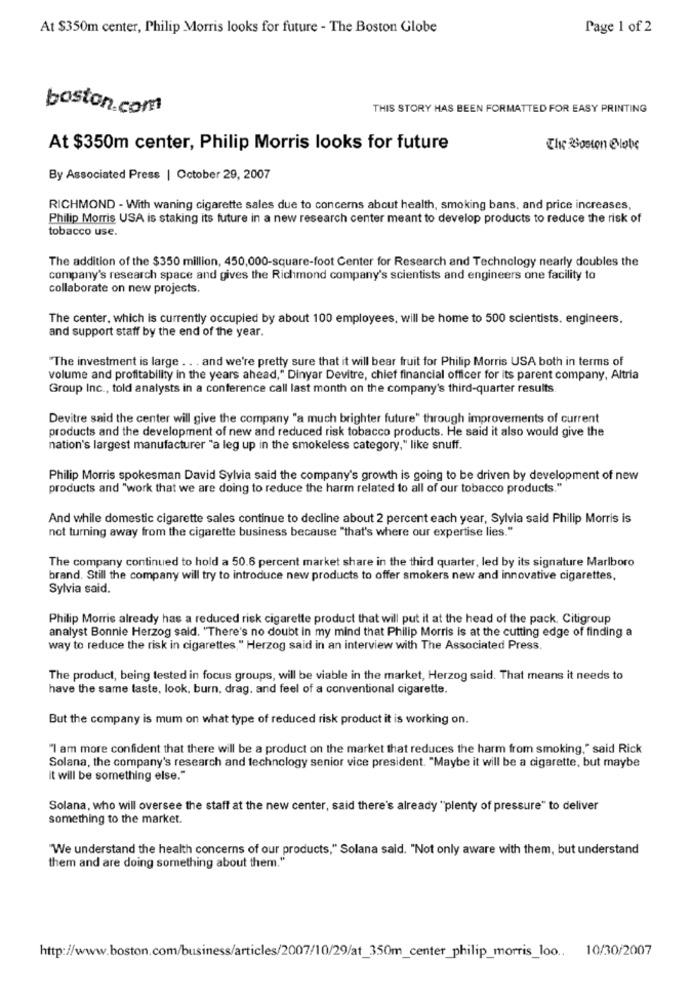
At $350m center, Philip Morris looks for future - The Boston Globe
Page 1 of 2
boston.com
THIS STORY HAS BEEN FORMATTED FOR EASY PRINTING
At $350m center, Philip Morris looks for future
The Boston Globe
By Associated Press | October 29, 2007
RICHMOND - With waning cigarette sales due to concerns about health, smoking bans, and price increases,
Philip Morris USA is staking its future in a new research center meant to develop products to reduce the risk of
tobacco use.
The addition of the $350 million, 450,000-square-foot Center for Research and Technology nearly doubles the
company's research space and gives the Richmond company's scientists and engineers one facility to
collaborate on new projects.
The center, which is currently occupied by about 100 employees, will be home to 500 scientists, engineers.
and support staff by the end of the year.
"The investment is large . . . and we're pretty sure that it will bear fruit for Philip Morris USA both in terms of
volume and profitability in the years ahead," Dinyar Devitre, chief financial officer for its parent company, Altria
Group Inc ., told analysts in a conference call last month on the company's third-quarter results.
Devitre said the center will give the company "a much brighter future" through improvements of current
products and the development of new and reduced risk tobacco products. He said it also would give the
nation's largest manufacturer "a leg up in the smokeless category," like snuff.
Philip Morris spokesman David Sylvia said the company's growth is going to be driven by development of new
products and "work that we are doing to reduce the harm related to all of our tobacco products."
And while domestic cigarette sales continue to decline about 2 percent each year, Sylvia said Philip Morris is
not turning away from the cigarette business because "that's where our expertise lies."
The company continued to hold a 50.6 percent market share in the third quarter, led by its signature Marlboro
brand. Still the company will try to introduce new products to offer smokers new and innovative cigarettes,
Sylvia said.
Philip Morris already has a reduced risk cigarette product that will put it at the head of the pack, Citigroup
analyst Bonnie Herzog said. "There's no doubt in my mind that Philip Morris is at the cutting edge of finding a
way to reduce the risk in cigarettes," Herzog said in an interview with The Associated Press.
The product, being tested in focus groups, will be viable in the market, Herzog said. That means it needs to
have the same taste, look, burn, drag, and feel of a conventional cigarette.
But the company is mum on what type of reduced risk product it is working on.
"I am more confident that there will be a product on the market that reduces the harm from smoking," said Rick
Solana, the company's research and technology senior vice president. "Maybe it will be a cigarette, but maybe
it will be something else."
Solana, who will oversee the staff at the new center, said there's already "plenty of pressure" to deliver
something to the market.
"We understand the health concerns of our products," Solana said. "Not only aware with them, but understand
them and are doing something about them."
http://www.boston.com/business/articles/2007/10/29/at_350m_center_philip_morris_loo. 10/30/2007